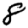
Digit: 8